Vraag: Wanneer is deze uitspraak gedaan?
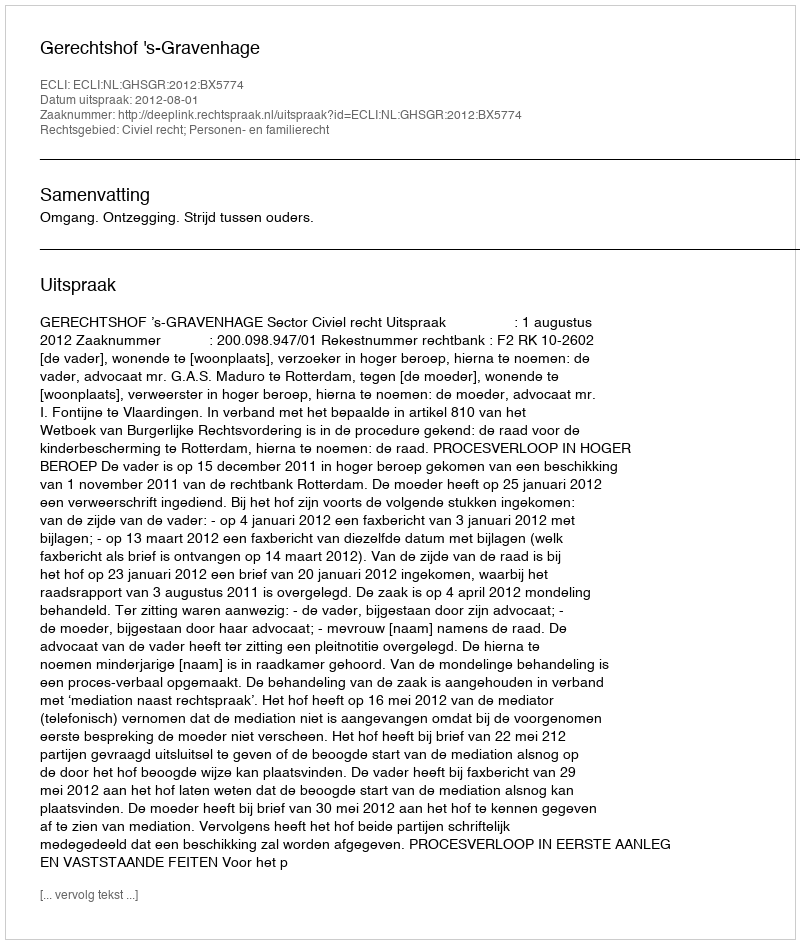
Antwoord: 2012-08-01